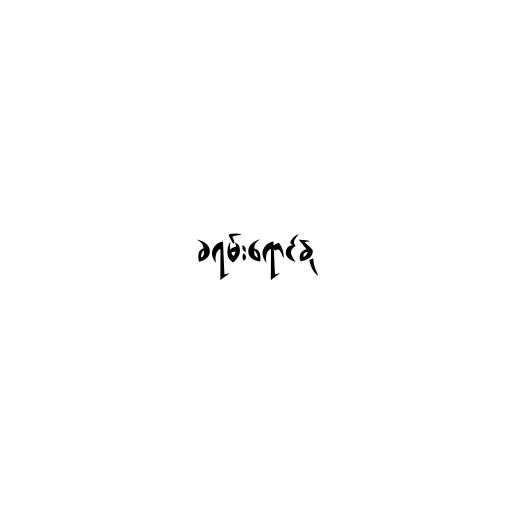
ခရမ်းရောင်နု